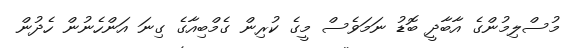
މުސްލިމުންގެ އާބާދީ ބޮޑު ނަމަވެސް މީގެ ކުރިން ގެމްބިއާގެ ގިނަ އަންހެނުން ހެދުން